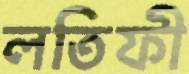
লতিফী